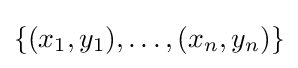
\{(x_{1},y_{1}),\dots ,(x_{n},y_{n})\}